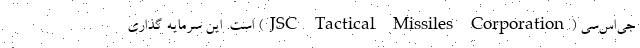
جی‌اس‌سی (JSC Tactical Missiles Corporation) است. این سرمایه گذاری